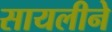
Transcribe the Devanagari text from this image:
सायलीने